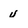
Character: v